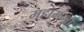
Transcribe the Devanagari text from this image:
महामन्त्रो